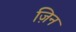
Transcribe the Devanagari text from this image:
ज़िन